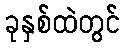
ခုနှစ်ထဲတွင်